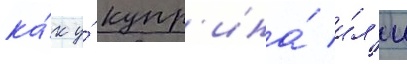
ка́к у́ купр'ина́ и́л'и